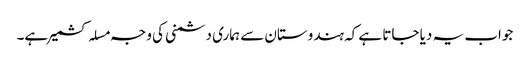
جواب یہ دیا جاتا ہے کہ ہندوستان سے ہماری دشمنی کی وجہ مسلہ کشمیر ہے۔